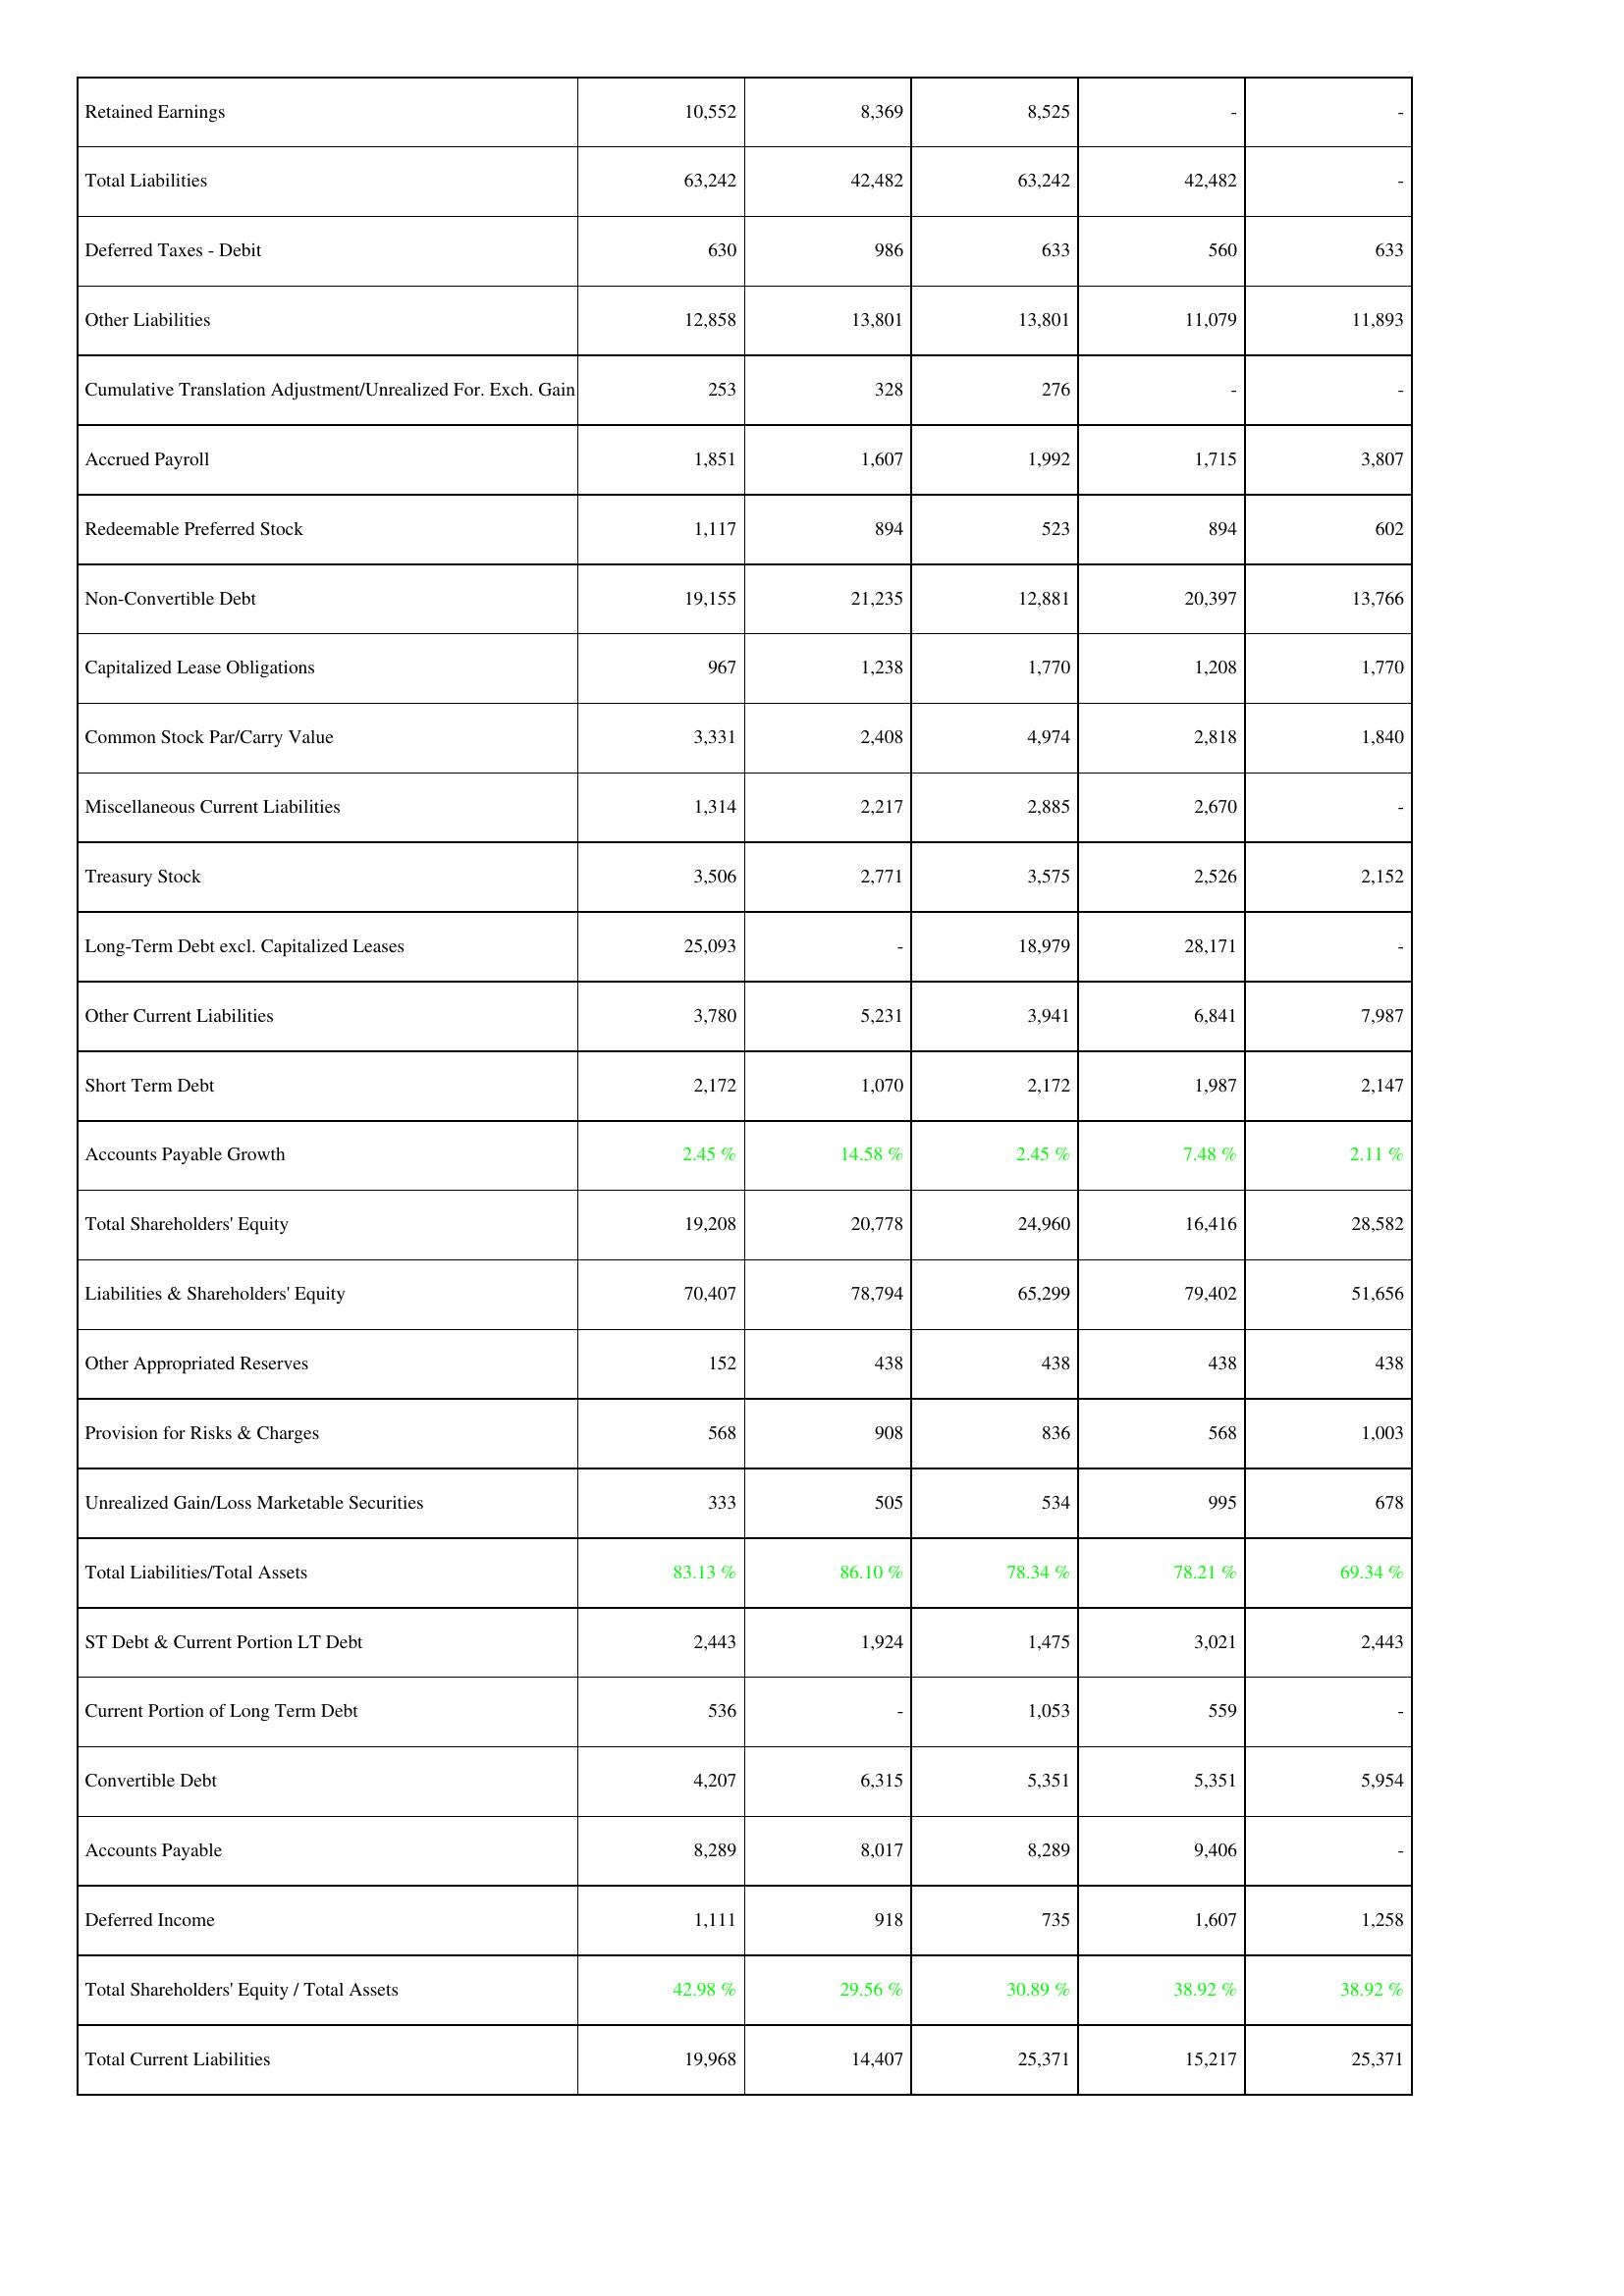
2015: Liabilities & Shareholders' Equity: Retained Earnings: 10,552
Total Liabilities: 63,242
Deferred Taxes - Debit: 630
Other Liabilities: 12,858
Cumulative Translation Adjustment/Unrealized For. Exch. Gain: 253
Accrued Payroll: 1,851
Redeemable Preferred Stock: 1,117
Non-Convertible Debt: 19,155
Capitalized Lease Obligations: 967
Common Stock Par/Carry Value: 3,331
Miscellaneous Current Liabilities: 1,314
Treasury Stock: 3,506
Long-Term Debt excl. Capitalized Leases: 25,093
Other Current Liabilities: 3,780
Short Term Debt: 2,172
Accounts Payable Growth: 2.45 %
Total Shareholders' Equity: 19,208
Liabilities & Shareholders' Equity: 70,407
Other Appropriated Reserves: 152
Provision for Risks & Charges: 568
Unrealized Gain/Loss Marketable Securities: 333
Total Liabilities/Total Assets: 83.13 %
ST Debt & Current Portion LT Debt: 2,443
Current Portion of Long Term Debt: 536
Convertible Debt: 4,207
Accounts Payable: 8,289
Deferred Income: 1,111
Total Shareholders' Equity / Total Assets: 42.98 %
Total Current Liabilities: 19,968
2016: Liabilities & Shareholders' Equity: Retained Earnings: 8,369
Total Liabilities: 42,482
Deferred Taxes - Debit: 986
Other Liabilities: 13,801
Cumulative Translation Adjustment/Unrealized For. Exch. Gain: 328
Accrued Payroll: 1,607
Redeemable Preferred Stock: 894
Non-Convertible Debt: 21,235
Capitalized Lease Obligations: 1,238
Common Stock Par/Carry Value: 2,408
Miscellaneous Current Liabilities: 2,217
Treasury Stock: 2,771
Long-Term Debt excl. Capitalized Leases: -
Other Current Liabilities: 5,231
Short Term Debt: 1,070
Accounts Payable Growth: 14.58 %
Total Shareholders' Equity: 20,778
Liabilities & Shareholders' Equity: 78,794
Other Appropriated Reserves: 438
Provision for Risks & Charges: 908
Unrealized Gain/Loss Marketable Securities: 505
Total Liabilities/Total Assets: 86.10 %
ST Debt & Current Portion LT Debt: 1,924
Current Portion of Long Term Debt: -
Convertible Debt: 6,315
Accounts Payable: 8,017
Deferred Income: 918
Total Shareholders' Equity / Total Assets: 29.56 %
Total Current Liabilities: 14,407
2017: Liabilities & Shareholders' Equity: Retained Earnings: 8,525
Total Liabilities: 63,242
Deferred Taxes - Debit: 633
Other Liabilities: 13,801
Cumulative Translation Adjustment/Unrealized For. Exch. Gain: 276
Accrued Payroll: 1,992
Redeemable Preferred Stock: 523
Non-Convertible Debt: 12,881
Capitalized Lease Obligations: 1,770
Common Stock Par/Carry Value: 4,974
Miscellaneous Current Liabilities: 2,885
Treasury Stock: 3,575
Long-Term Debt excl. Capitalized Leases: 18,979
Other Current Liabilities: 3,941
Short Term Debt: 2,172
Accounts Payable Growth: 2.45 %
Total Shareholders' Equity: 24,960
Liabilities & Shareholders' Equity: 65,299
Other Appropriated Reserves: 438
Provision for Risks & Charges: 836
Unrealized Gain/Loss Marketable Securities: 534
Total Liabilities/Total Assets: 78.34 %
ST Debt & Current Portion LT Debt: 1,475
Current Portion of Long Term Debt: 1,053
Convertible Debt: 5,351
Accounts Payable: 8,289
Deferred Income: 735
Total Shareholders' Equity / Total Assets: 30.89 %
Total Current Liabilities: 25,371
2018: Liabilities & Shareholders' Equity: Retained Earnings: -
Total Liabilities: 42,482
Deferred Taxes - Debit: 560
Other Liabilities: 11,079
Cumulative Translation Adjustment/Unrealized For. Exch. Gain: -
Accrued Payroll: 1,715
Redeemable Preferred Stock: 894
Non-Convertible Debt: 20,397
Capitalized Lease Obligations: 1,208
Common Stock Par/Carry Value: 2,818
Miscellaneous Current Liabilities: 2,670
Treasury Stock: 2,526
Long-Term Debt excl. Capitalized Leases: 28,171
Other Current Liabilities: 6,841
Short Term Debt: 1,987
Accounts Payable Growth: 7.48 %
Total Shareholders' Equity: 16,416
Liabilities & Shareholders' Equity: 79,402
Other Appropriated Reserves: 438
Provision for Risks & Charges: 568
Unrealized Gain/Loss Marketable Securities: 995
Total Liabilities/Total Assets: 78.21 %
ST Debt & Current Portion LT Debt: 3,021
Current Portion of Long Term Debt: 559
Convertible Debt: 5,351
Accounts Payable: 9,406
Deferred Income: 1,607
Total Shareholders' Equity / Total Assets: 38.92 %
Total Current Liabilities: 15,217
2019: Liabilities & Shareholders' Equity: Retained Earnings: -
Total Liabilities: -
Deferred Taxes - Debit: 633
Other Liabilities: 11,893
Cumulative Translation Adjustment/Unrealized For. Exch. Gain: -
Accrued Payroll: 3,807
Redeemable Preferred Stock: 602
Non-Convertible Debt: 13,766
Capitalized Lease Obligations: 1,770
Common Stock Par/Carry Value: 1,840
Miscellaneous Current Liabilities: -
Treasury Stock: 2,152
Long-Term Debt excl. Capitalized Leases: -
Other Current Liabilities: 7,987
Short Term Debt: 2,147
Accounts Payable Growth: 2.11 %
Total Shareholders' Equity: 28,582
Liabilities & Shareholders' Equity: 51,656
Other Appropriated Reserves: 438
Provision for Risks & Charges: 1,003
Unrealized Gain/Loss Marketable Securities: 678
Total Liabilities/Total Assets: 69.34 %
ST Debt & Current Portion LT Debt: 2,443
Current Portion of Long Term Debt: -
Convertible Debt: 5,954
Accounts Payable: -
Deferred Income: 1,258
Total Shareholders' Equity / Total Assets: 38.92 %
Total Current Liabilities: 25,371